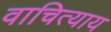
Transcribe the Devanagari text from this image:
वाचित्याय